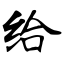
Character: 给